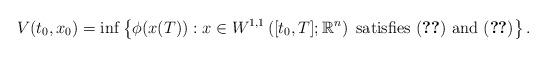
LaTeX: \begin{align*}V(t_0,x_0)= \inf \left\lbrace \phi(x(T)) : x \in W^{1,1}\left([t_0,T]; \mathbb{R}^n\right) \mbox{ satisfies } (\ref{May1}) \mbox{ and }(\ref{May2}) \right\rbrace.\end{align*}